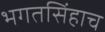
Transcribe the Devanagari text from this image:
भगतसिंहाच